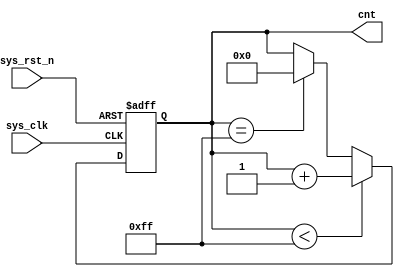
module first_0321_2(
	input sys_clk,//
	input sys_rst_n,//
	output reg[7:0] cnt
);
always @(posedge sys_clk,negedge sys_rst_n) begin//counter
	if(!sys_rst_n)
		cnt<=0;
	else if(cnt<8'b1111_1111)
		cnt<=cnt+1;
	else if(cnt==8'b1111_1111)
		cnt<=0;
	else
		cnt<=cnt;
end
endmodule